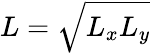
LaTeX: L=\sqrt{L_{x}L_{y}}